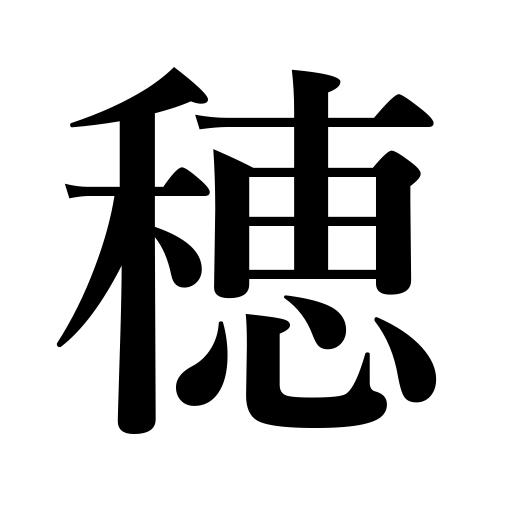
Meanings: head of grain,ear,crest of waves